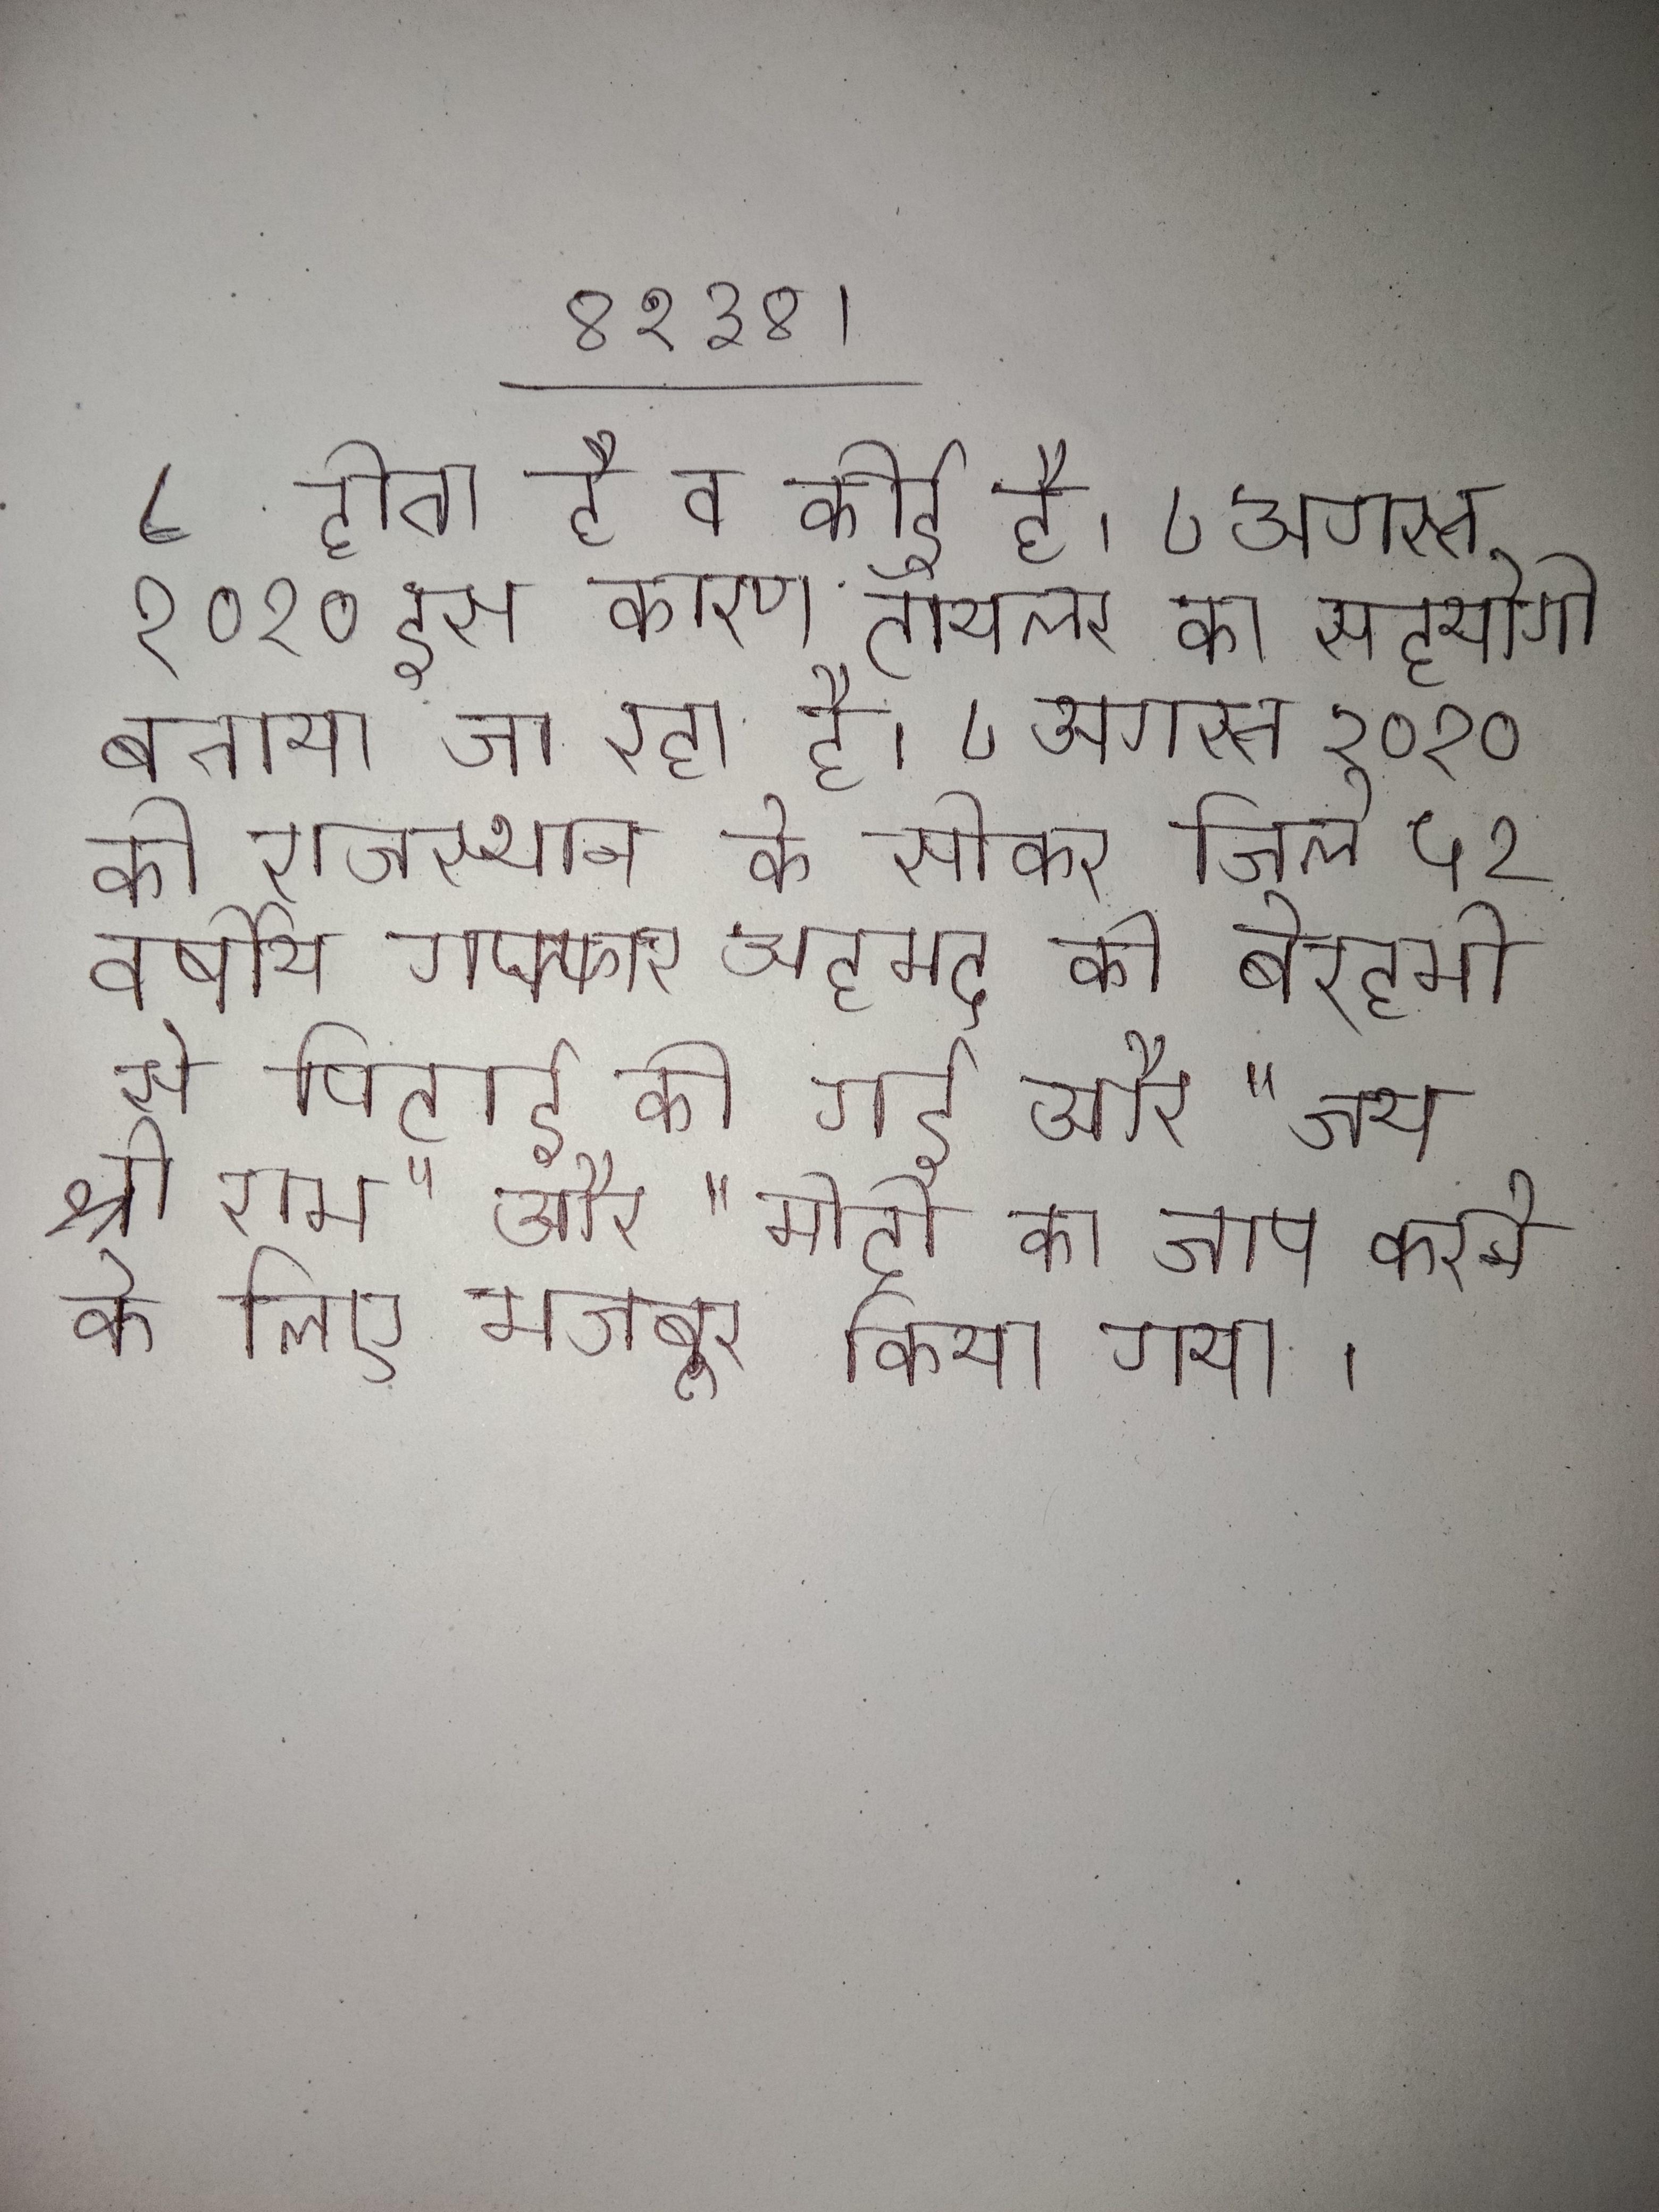
८ होता है व कोई है । ८ अगस्त २०१० इस कारण टॉयलर का सहयोगी बताया जा रहा है । ८ अगस्त २०२० को राजस्थान के सीकर जिले ५२ वर्षीय गफ्फार अहमद की बेरहमी से पिटाई की गई और "जय श्री राम" और "मोदी का जाप करने के लिए मजबूर किया गया ।